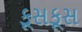
કૂસકૂસ